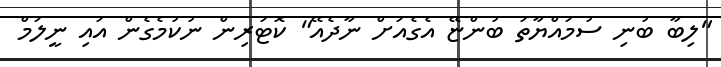
"ލިބާ ބުނި ސުމައްޔާތަ ބުންޏޭ އެގެއަށް ނާދެއޭ" ކޮޓަރިން ނުކުމެގެން އައި ނީލަމް